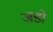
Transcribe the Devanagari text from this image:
जडो